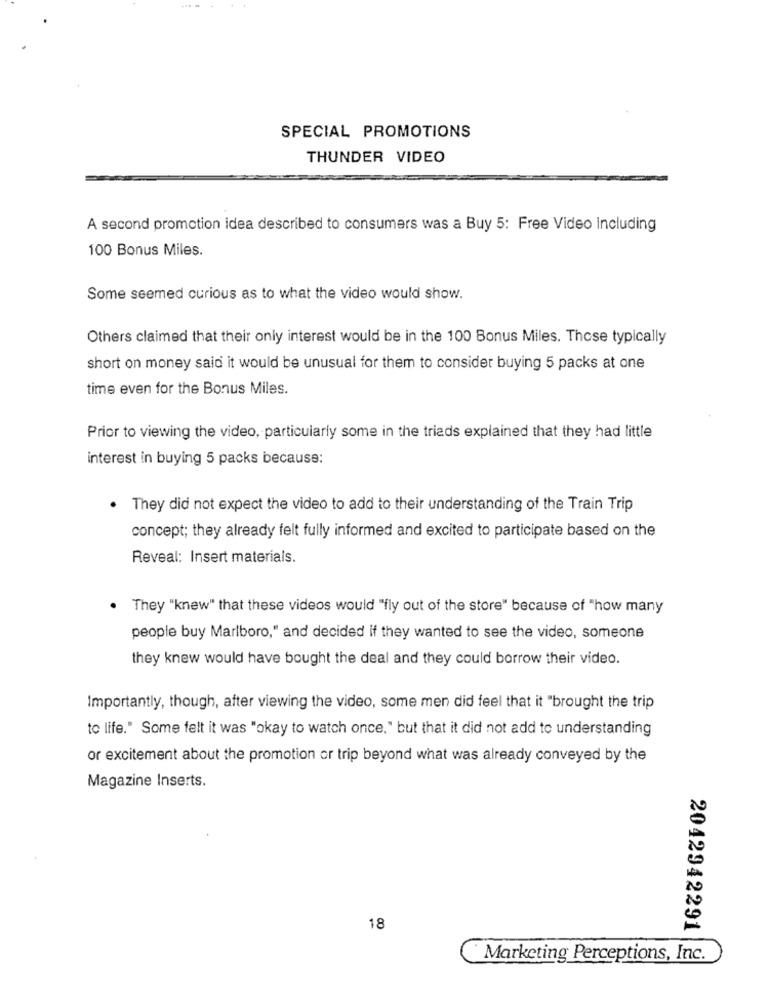
SPECIAL PROMOTIONS
THUNDER VIDEO
A second promotion idea described to consumers was a Buy 5: Free Video Including
100 Bonus Miles.
Some seemed curious as to what the video would show.
Others claimed that their only interest would be in the 100 Bonus Miles. Those typically
short on money said it would be unusual for them to consider buying 5 packs at one
time even for the Bonus Miles.
Prior to viewing the video, particularly some in the triads explained that they had little
interest in buying 5 packs because:
They did not expect the video to add to their understanding of the Train Trip
concept; they already felt fully informed and excited to participate based on the
Reveal: Insert materials.
They "knew" that these videos would "fly out of the store" because of "how many
people buy Marlboro," and decided if they wanted to see the video, someone
they knew would have bought the deal and they could borrow their video.
Importantly, though, after viewing the video, some men did feel that it "brought the trip
to life." Some felt it was "okay to watch once," but that it did not add to understanding
or excitement about the promotion or trip beyond what was already conveyed by the
Magazine Inserts.
18
2042942291
Marketing Perceptions, Inc.